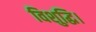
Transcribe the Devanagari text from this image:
विशुद्धि।